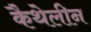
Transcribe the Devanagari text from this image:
कैथेलीन